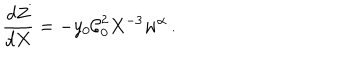
\frac { d Z } { d X } = - y _ { 0 } \mathcal { C } _ { 0 } ^ { 2 } X ^ { - 3 } w ^ { \alpha } \, .